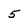
Character: 5